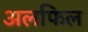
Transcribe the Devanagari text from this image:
अलफिल